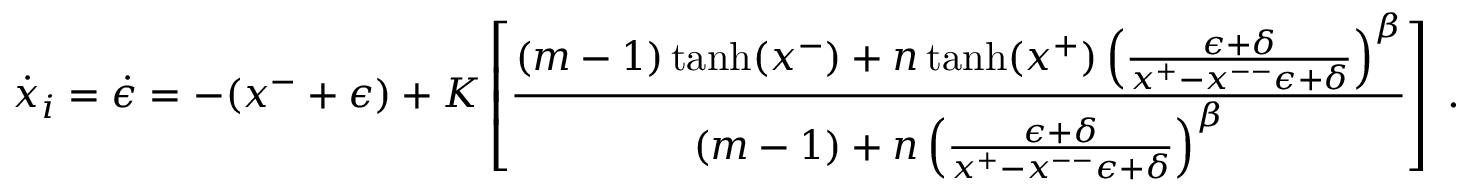
\dot { x } _ { i } = \dot { \epsilon } = - ( x ^ { - } + \epsilon ) + K \left[ \frac { ( m - 1 ) \operatorname { t a n h } ( x ^ { - } ) + n \operatorname { t a n h } ( x ^ { + } ) \left( \frac { \epsilon + \delta } { x ^ { + } - x ^ { -- } \epsilon + \delta } \right) ^ { \beta } } { ( m - 1 ) + n \left( \frac { \epsilon + \delta } { x ^ { + } - x ^ { -- } \epsilon + \delta } \right) ^ { \beta } } \right] \; .